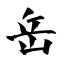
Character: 岳